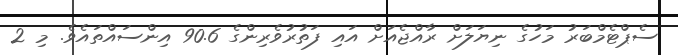
ސެޕްޓެމްބަރު މަހުގެ ނިޔަލަށް ރާއްޖެއަށް އައި ފަތުރުވެރިންގެ 90.6 އިންސައްތައެވެ. މި 2